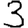
Digit: 3